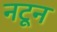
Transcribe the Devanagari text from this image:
नटून